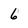
Character: 6